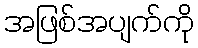
အဖြစ်အပျက်ကို